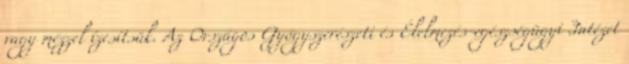
vagy mézzel ízesítsük. Az Országos Gyógyszerészeti és Élelmezés-egészségügyi Intézet